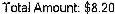
TOTAL AMOUNT: $8.20